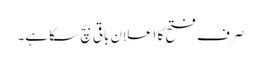
صرف فتح کا اعلان باقی بچ سکا ہے۔